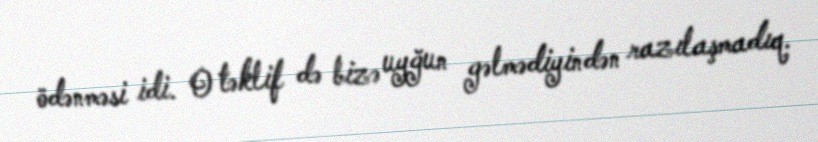
ödənməsi idi. O təklif də bizə uyğun gəlmədiyindən razılaşmadıq.